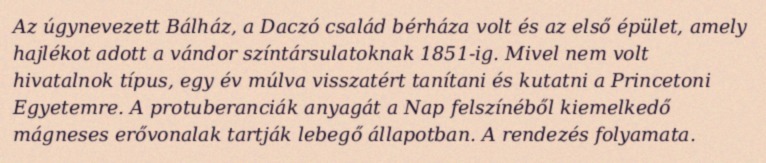
Az úgynevezett Bálház, a Daczó család bérháza volt és az első épület, amely hajlékot adott a vándor színtársulatoknak 1851-ig. Mivel nem volt hivatalnok típus, egy év múlva visszatért tanítani és kutatni a Princetoni Egyetemre. A protuberanciák anyagát a Nap felszínéből kiemelkedő mágneses erővonalak tartják lebegő állapotban. A rendezés folyamata.